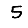
Digit: 5